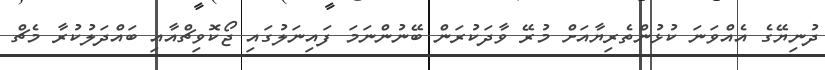
ދުނިޔޭގެ އެއްވަނަ ކުޅުންތެރިޔާއަށް މުރޭ ވާދަކުރަން ބޭނުންނަމަ ފައިނަލުގައި ޖޯކޮވިޗްއާއި ބައްދަލުކުރާ މެޗް